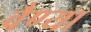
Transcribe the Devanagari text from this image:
वैण्या